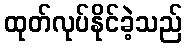
ထုတ်လုပ်နိုင်ခဲ့သည်